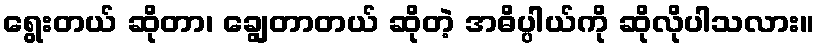
ရွေးတယ် ဆိုတာ၊ ချွေတာတယ် ဆိုတဲ့ အဓိပ္ပါယ်ကို ဆိုလိုပါသလား။